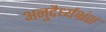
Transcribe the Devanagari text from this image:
अनुदैर्ध्यभ्रंश